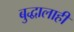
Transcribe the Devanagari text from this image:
बुद्धालाही